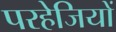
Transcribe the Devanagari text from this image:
परहेजियों